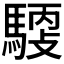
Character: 𩤳